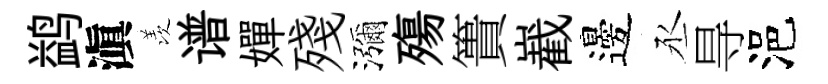
鹢滇羡谱嬋殘瀰殤簣嶻邊丞㝵浥